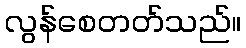
လွန်စေတတ်သည်။